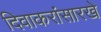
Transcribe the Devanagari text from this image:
दिवाकरांसारखे